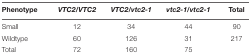
| Phenotype | VTC2/VTC2 | VTC2/vtc2-1 | vtc2-1/vtc2-1 | Total |
 | --- | --- | --- | --- | --- |
 | Small | 12 | 34 | 44 | 90 |
 | Wildtype | 60 | 126 | 31 | 217 |
 | Total | 72 | 160 | 75 |  |